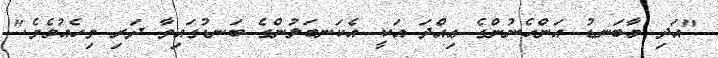
"އަދި މާބަނޑު އަންހެނުންގެ ޢިއްދަ އަކީ އެކަނބަލުންގެ ބަނޑުގައިވާ ދަރި ވިހެއުމެވެ."